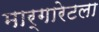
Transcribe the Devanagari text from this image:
मार्गारेटला